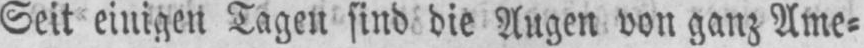
Seit einigen Tagen sind die Augen von ganz Ame⸗